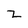
Character: Z